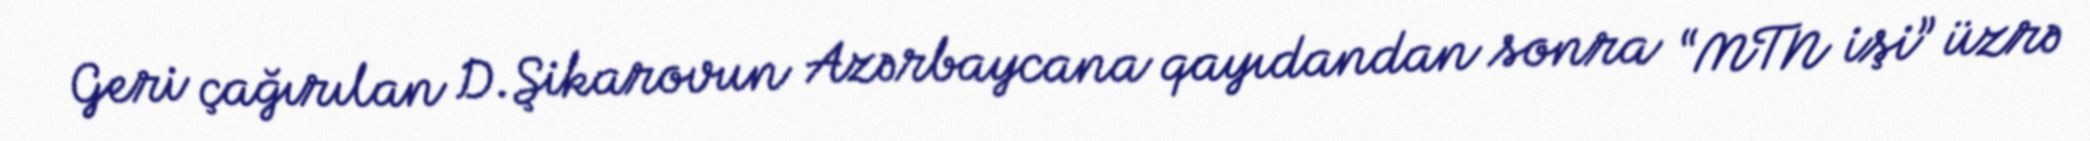
Geri çağırılan D.Şikarovun Azərbaycana qayıdandan sonra “MTN işi” üzrə